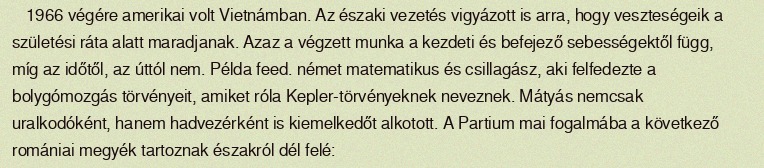
1966 végére amerikai volt Vietnámban. Az északi vezetés vigyázott is arra, hogy veszteségeik a születési ráta alatt maradjanak. Azaz a végzett munka a kezdeti és befejező sebességektől függ, míg az időtől, az úttól nem. Példa feed. német matematikus és csillagász, aki felfedezte a bolygómozgás törvényeit, amiket róla Kepler-törvényeknek neveznek. Mátyás nemcsak uralkodóként, hanem hadvezérként is kiemelkedőt alkotott. A Partium mai fogalmába a következő romániai megyék tartoznak északról dél felé: